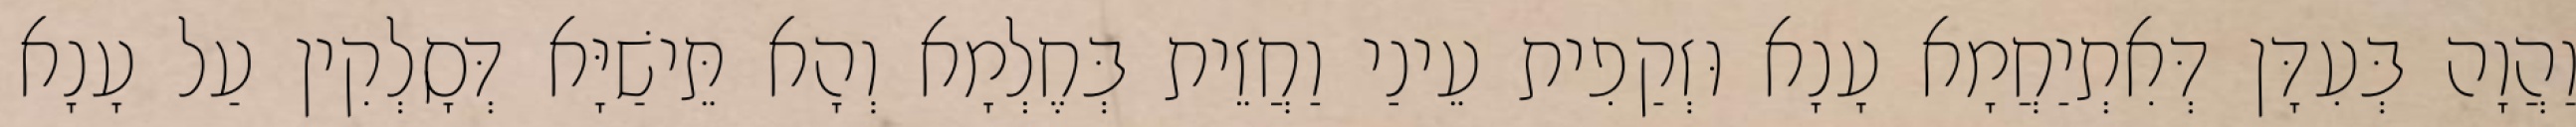
וַהֲוָה בְּעִדָּן דְּאִתְיַחֲמָא עָנָא וּזְקַפִית עֵינַי וַחֲזֵית בְּחֶלְמָא וְהָא תֵּישַׁיָּא דְּסָלְקִין עַל עָנָא